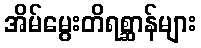
အိမ်မွေးတိရစ္ဆာန်များ